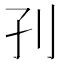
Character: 𡥁